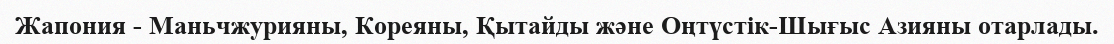
Жапония - Маньчжурияны, Кореяны, Қытайды және Оңтүстік-Шығыс Азияны отарлады.